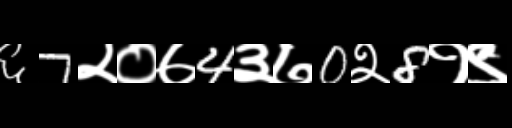
Text: ६7२०७4३७0२8१९